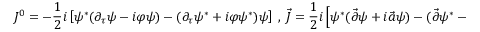
J ^ { 0 } = - \frac { 1 } { 2 } i \left[ \psi ^ { * } ( \partial _ { \tau } \psi - i \varphi \psi ) - ( \partial _ { \tau } \psi ^ { * } + i \varphi \psi ^ { * } ) \psi \right] \ , \ \vec { J } = \frac { 1 } { 2 } i \left[ \psi ^ { * } ( \vec { \partial } \psi + i \vec { a } \psi ) - ( \vec { \partial } \psi ^ { * } - i \vec { a } \psi ^ { * } ) \psi \right] ,